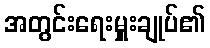
အတွင်းရေးမှူးချုပ်၏